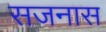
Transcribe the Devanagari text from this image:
सजनास